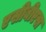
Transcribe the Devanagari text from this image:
एसीबीएस